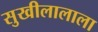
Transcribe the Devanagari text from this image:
सुखीलालाला